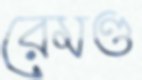
রেমণ্ড